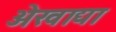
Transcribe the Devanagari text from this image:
अेखाद्या